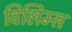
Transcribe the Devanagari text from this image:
विलिम्स